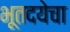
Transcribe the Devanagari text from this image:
भूतदयेचा